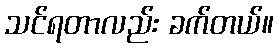
သင်ရတာလည်း ခက်တယ်။